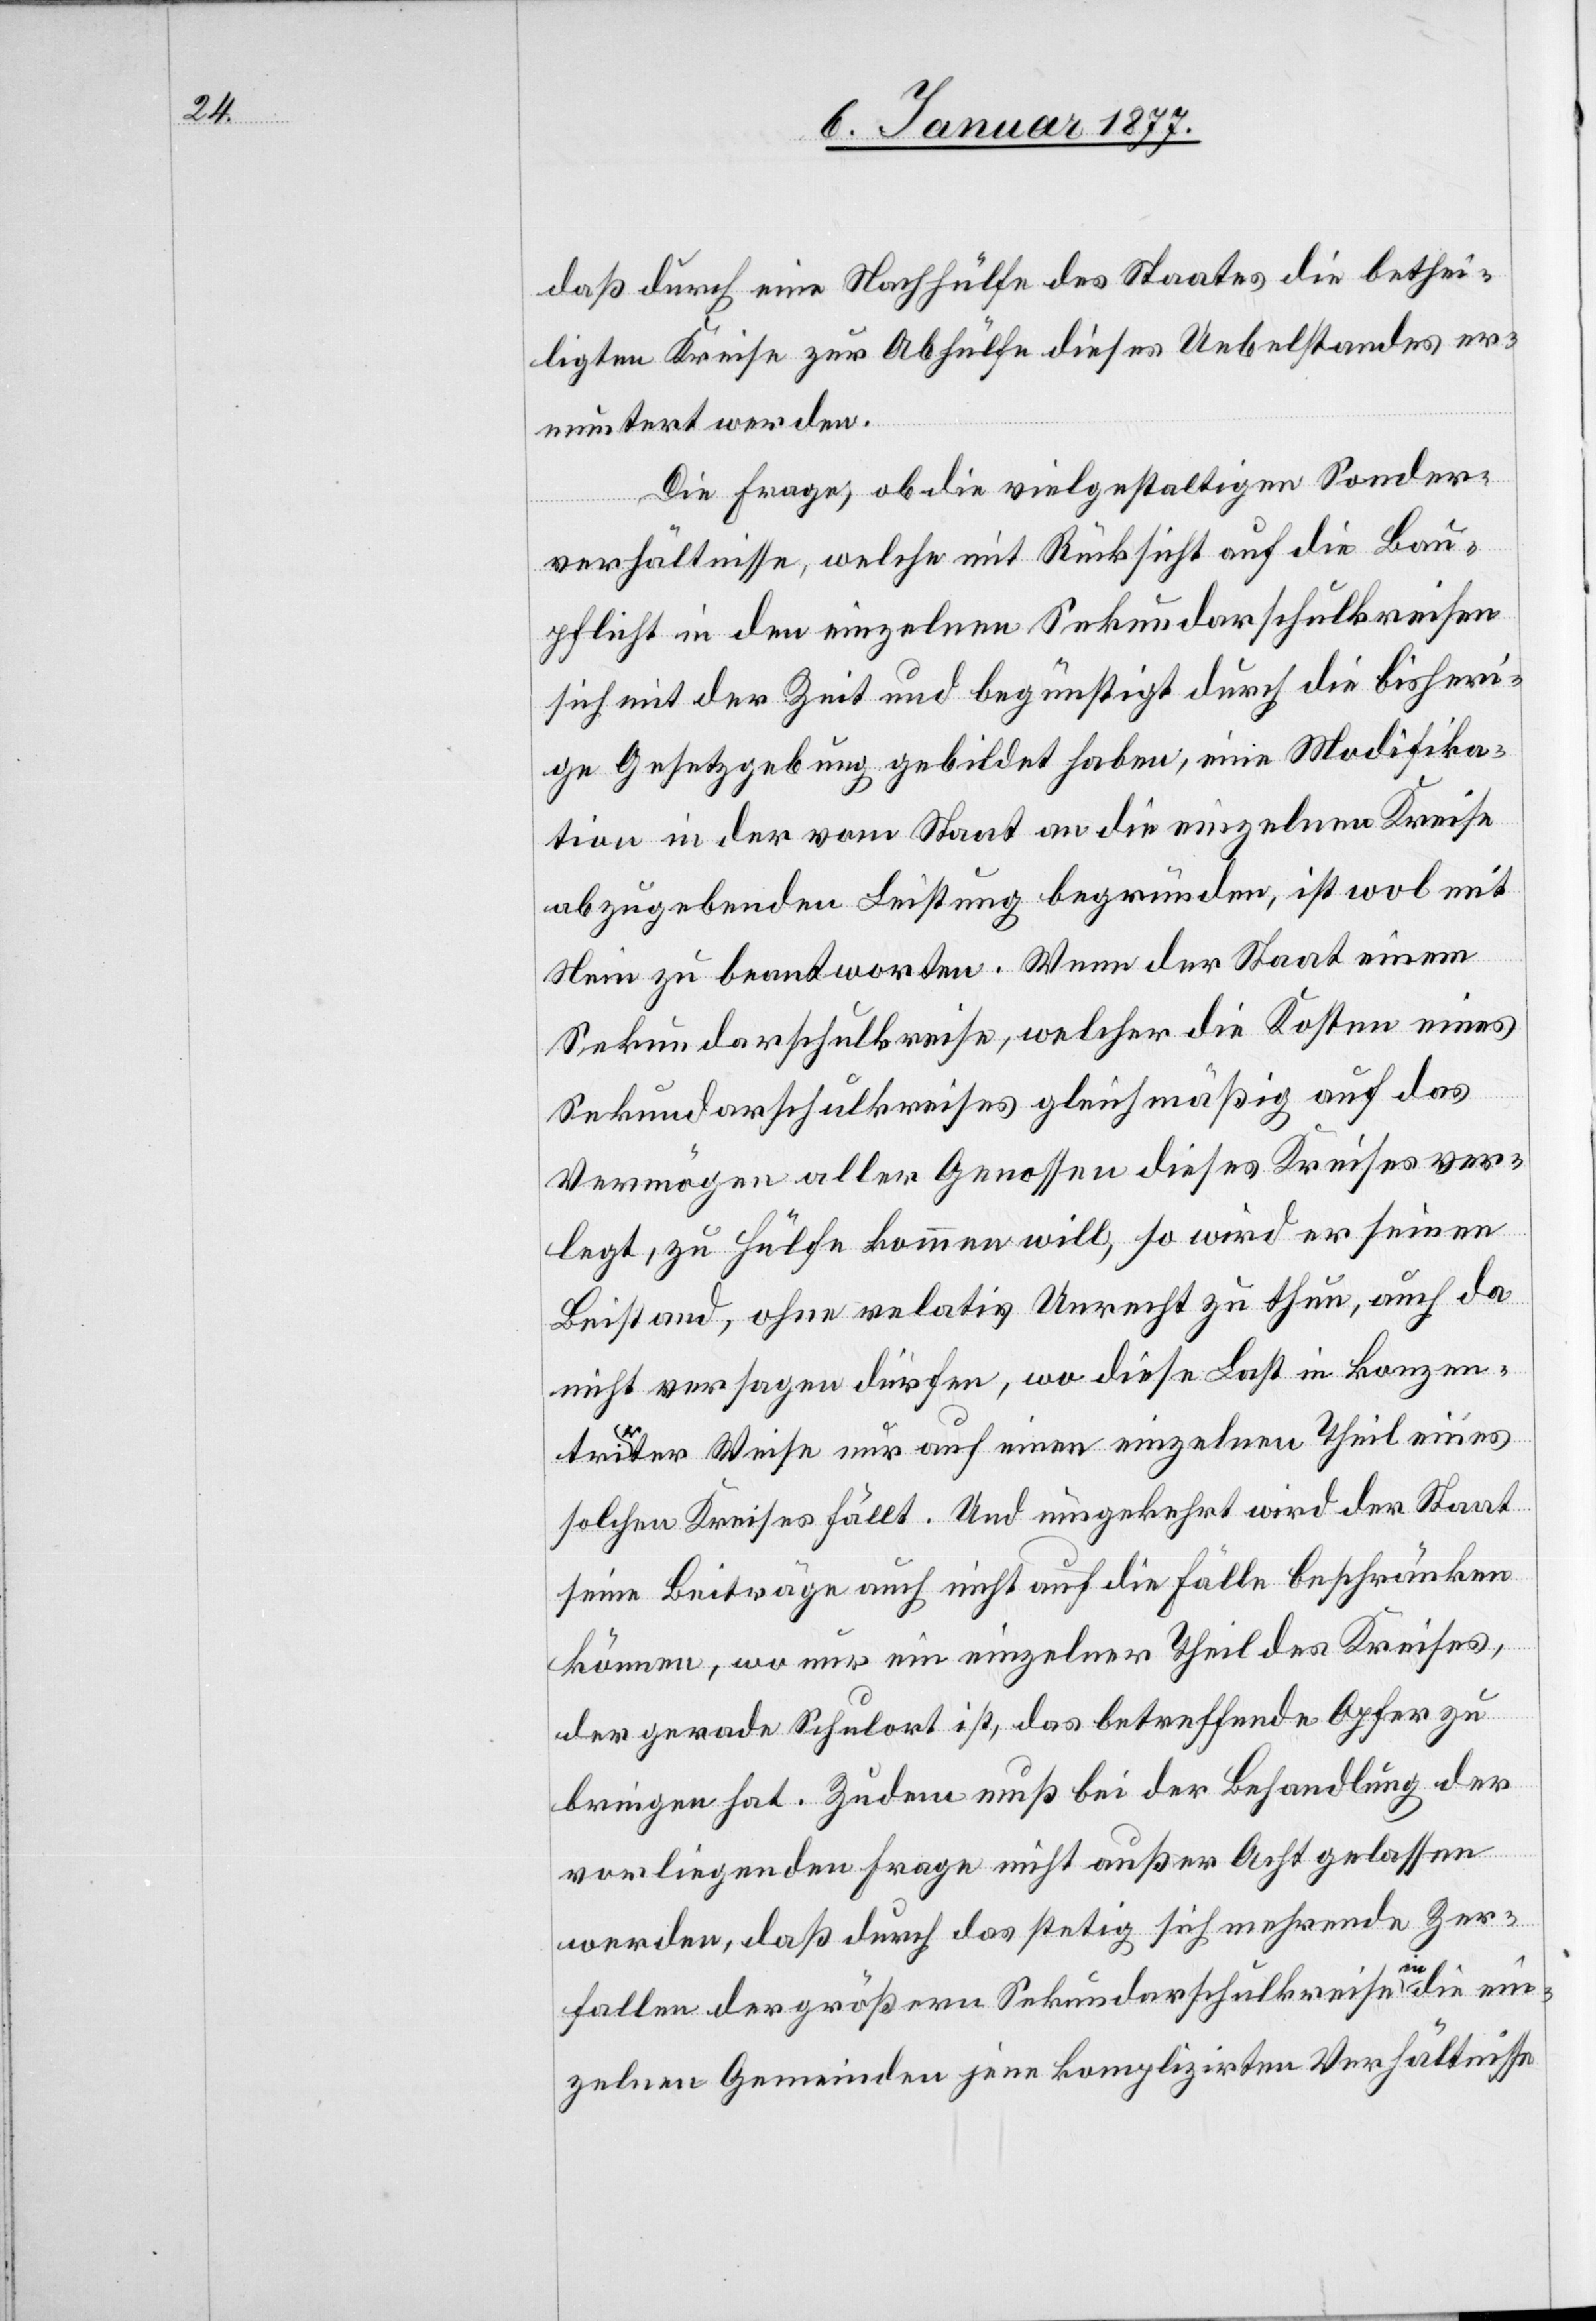
daß durch eine Nachhülfe des Staates die bethei¬
ligten Kreise zur Abhülfe dieses Uebelstandes er¬
muntert werden.
Die Frage, ob die vielgestaltigen Sonder¬
verhältnisse, welche mit Rücksicht auf die Bau¬
pflicht in den einzelnen Sekundarschulkreisen
sich mit der Zeit und begünstigt durch die bisheri¬
ge Gesetzgebung gebildet haben, eine Modifika¬
tion in der vom Staat an die einzelnen Kreise
abzugebenden Leistung begründen, ist wol mit
Nein zu beantworten. Wenn der Staat einem
Sekundarschulkreise, welcher die Kosten eines
Sekundarschulkreises gleichmäßig auf das
Vermögen aller Genossen dieses Kreises ver¬
legt, zu Hülfe kommen will, so wird er seinen
Beistand, ohne relativ Unrecht zu thun, auch da
nicht versagen dürfen, wo diese Last in konzen¬
trirter Weise nur auf einen einzelnen Theil eines
solchen Kreises fällt. Und umgekehrt wird der Staat
seine Beiträge auch nicht auf die Fälle beschränken
können, wo nur ein einzelner Theil des Kreises,
der gerade Schulort ist, das betreffende Opfer zu
bringen hat. Zudem muß bei der Behandlung der
vorliegenden Frage nicht außer Acht gelassen
werden, daß durch das stetig sich mehrende Zer¬
fallen der größern Sekundarschulkreise a-in-a die ein¬
zelnen Gemeinden jene komplizierten Verhältnisse